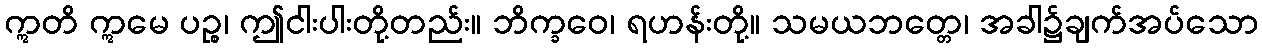
ဣတိ ဣမေ ပဉ္စ၊ ဤငါးပါးတို့တည်း။ ဘိက္ခဝေ၊ ရဟန်းတို့။ သမယဘတ္တေ၊ အခါ၌ချက်အပ်သော